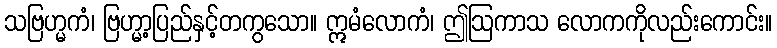
သဗြဟ္မကံ၊ ဗြဟ္မာ့ပြည်နှင့်တကွသော။ ဣမံလောကံ၊ ဤဩကာသ လောကကိုလည်းကောင်း။